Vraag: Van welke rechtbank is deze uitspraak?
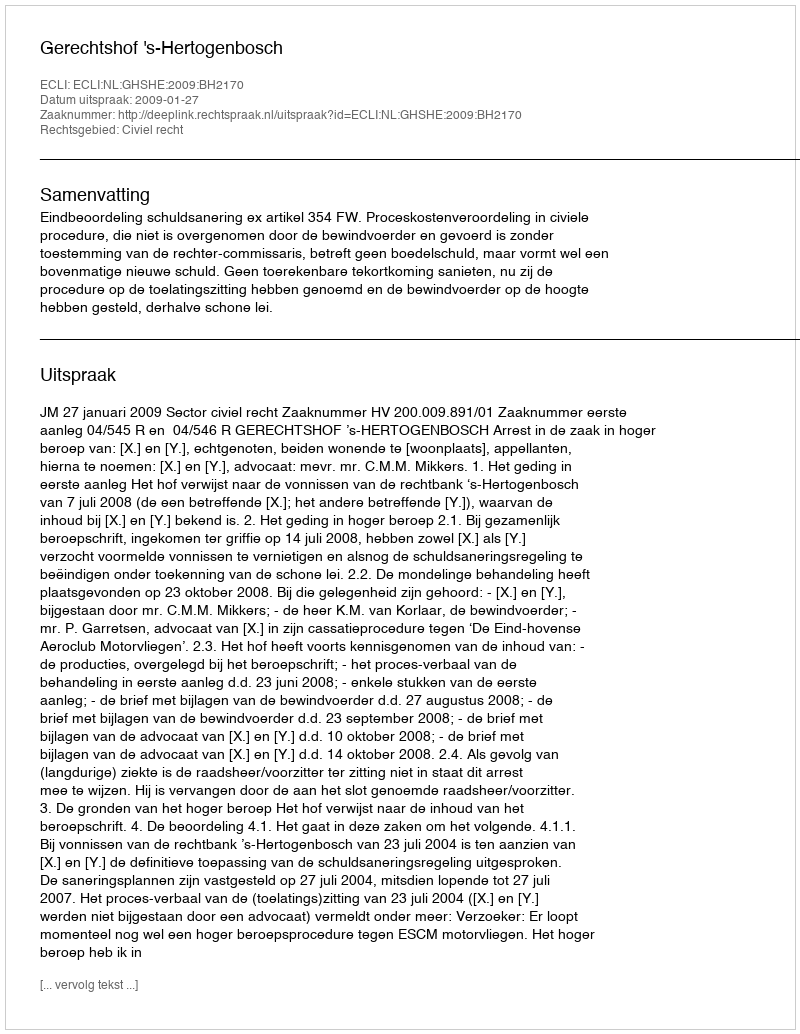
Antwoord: Gerechtshof 's-Hertogenbosch